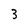
Character: 3